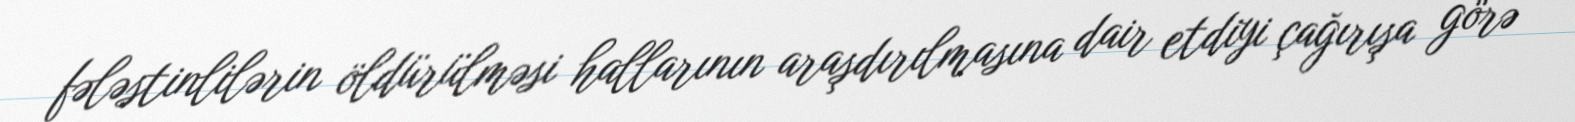
fələstinlilərin öldürülməsi hallarının araşdırılmasına dair etdiyi çağırışa görə